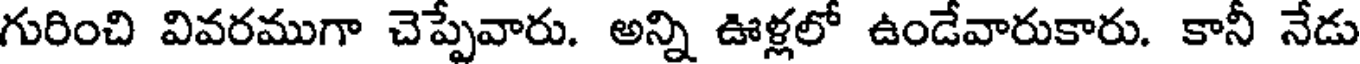
గురించి వివరముగా చెప్పేవారు. అన్ని ఊళ్లలో ఉండేవారుకారు. కానీ నేడు